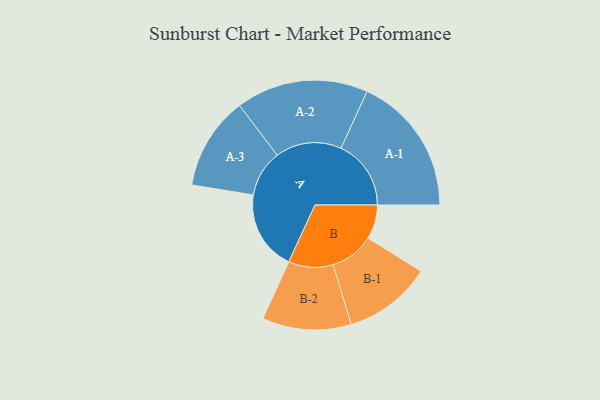
{"axis": {"x": "Segment", "y": "Value"}, "legend": ["", "A", "B"], "data": [{"x": "A", "y": 310, "type": ""}, {"x": "B", "y": 133, "type": ""}, {"x": "A-1", "y": 272, "type": "A"}, {"x": "A-2", "y": 257, "type": "A"}, {"x": "A-3", "y": 181, "type": "A"}, {"x": "B-1", "y": 171, "type": "B"}, {"x": "B-2", "y": 173, "type": "B"}]}